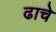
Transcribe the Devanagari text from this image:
ढाचे